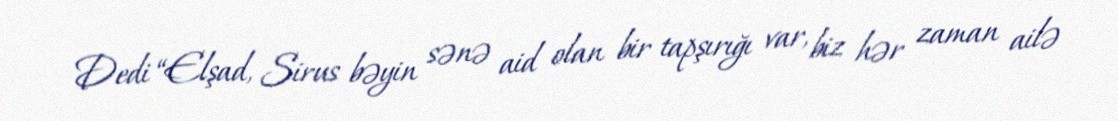
Dedi “Elşad, Sirus bəyin sənə aid olan bir tapşırığı var, biz hər zaman ailə